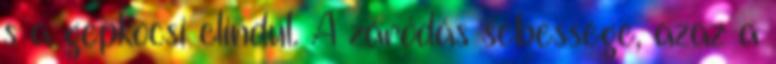
s a gépkocsi elindul. A záródás sebessége, azaz a